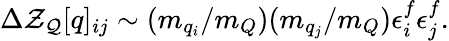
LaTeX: \Delta{\cal Z}_{\cal Q}[q]_{ij}\sim(m_{q_{i}}/m_{Q})(m_{q_{j}}/m_{Q})\epsilon_{i}^{f}\epsilon_{j}^{f}.